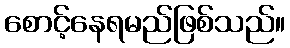
စောင့်နေရမည်ဖြစ်သည်။